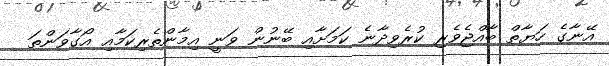
އޭނާގެ ހަޔާތް ބާއްޖެވެރި ކުރެވިދާނެ ކަމަށާއި ބޭނުން ވަނީ އިމާންތެރިކަމާއި އޯގާވަންތަ